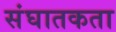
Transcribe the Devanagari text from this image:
संघातकता